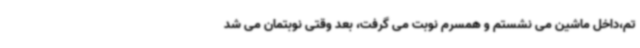
تم،داخل ماشین می نشستم و همسرم نوبت می گرفت، بعد وقتی نوبتمان می شد